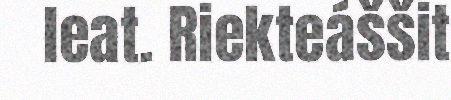
leat. Riekteáššit